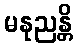
မနုညန္တိ